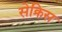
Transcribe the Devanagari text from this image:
सेक्रिस